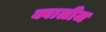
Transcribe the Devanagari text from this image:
क्वालीज